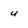
Character: U